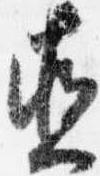
直